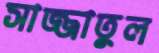
সাজ্জাতুল